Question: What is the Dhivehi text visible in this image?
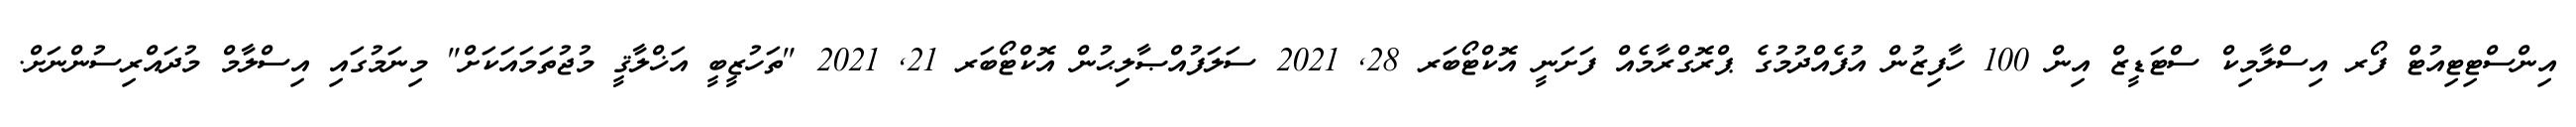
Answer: އިންސްޓިޓިއުޓް ފޯރ އިސްލާމިކް ސްޓަޑީޒް އިން 100 ހާފިޒުން އުފެއްދުމުގެ ޕްރޮގްރާމެއް ފަށަނީ އޮކްޓޯބަރ 28, 2021 ސަލަފުއްޞާލިޙުން އޮކްޓޯބަރ 21, 2021 "ތަހުޒީބީ އަޚްލާޤީ މުޖުތަމައަކަށް" މިނަމުގައި އިސްލާމް މުދައްރިސުންނަށް.